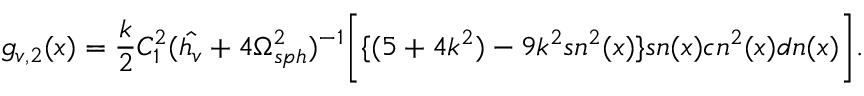
g _ { v , 2 } ( x ) = \frac { k } { 2 } C _ { 1 } ^ { 2 } ( { \hat { h _ { v } } } + 4 \Omega _ { s p h } ^ { 2 } ) ^ { - 1 } \bigg [ \{ ( 5 + 4 k ^ { 2 } ) - 9 k ^ { 2 } s n ^ { 2 } ( x ) \} s n ( x ) c n ^ { 2 } ( x ) d n ( x ) \bigg ] .